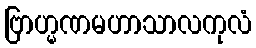
ဗြာဟ္မဏမဟာသာလကုလံ